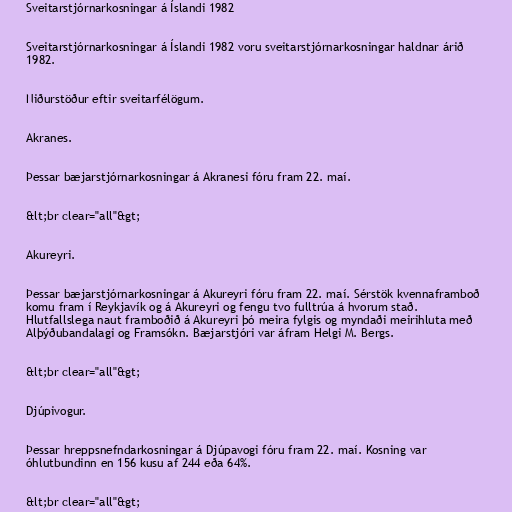
Sveitarstjórnarkosningar á Íslandi 1982

Sveitarstjórnarkosningar á Íslandi 1982 voru sveitarstjórnarkosningar haldnar árið
1982.

Niðurstöður eftir sveitarfélögum.

Akranes.

Þessar bæjarstjórnarkosningar á Akranesi fóru fram 22. maí.

&lt;br clear="all"&gt;

Akureyri.

Þessar bæjarstjórnarkosningar á Akureyri fóru fram 22. maí. Sérstök kvennaframboð
komu fram í Reykjavík og á Akureyri og fengu tvo fulltrúa á hvorum stað.
Hlutfallslega naut framboðið á Akureyri þó meira fylgis og myndaði meirihluta með
Alþýðubandalagi og Framsókn. Bæjarstjóri var áfram Helgi M. Bergs.

&lt;br clear="all"&gt;

Djúpivogur.

Þessar hreppsnefndarkosningar á Djúpavogi fóru fram 22. maí. Kosning var
óhlutbundinn en 156 kusu af 244 eða 64%.

&lt;br clear="all"&gt;